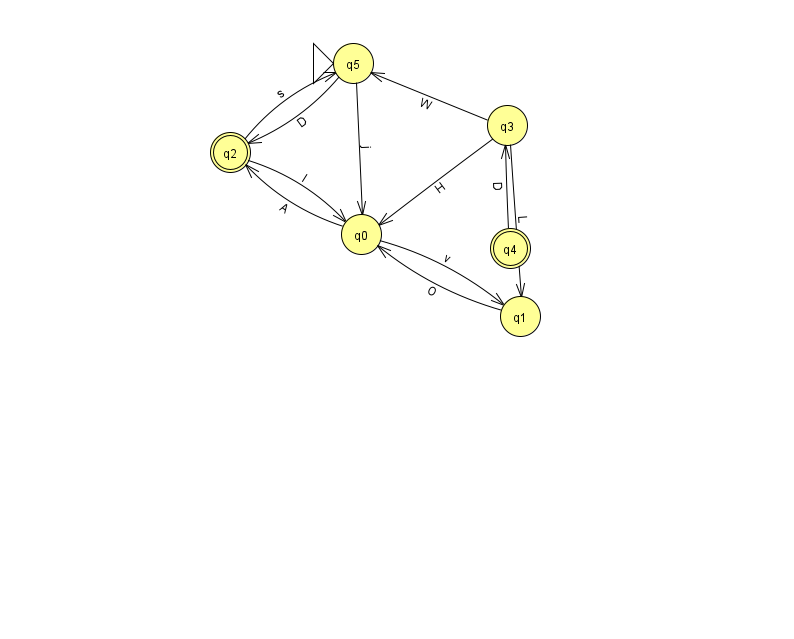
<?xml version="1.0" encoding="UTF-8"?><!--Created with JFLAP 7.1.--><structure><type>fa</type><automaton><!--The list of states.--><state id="0" name="q0"><x>361.0</x><y>221.0</y></state><state id="1" name="q1"><x>520.0</x><y>303.0</y></state><state id="2" name="q2"><x>230.0</x><y>139.0</y><final/></state><state id="3" name="q3"><x>507.0</x><y>112.0</y></state><state id="4" name="q4"><x>510.0</x><y>235.0</y><final/></state><state id="5" name="q5"><x>353.0</x><y>50.0</y><initial/></state><!--The list of transitions.--><transition><from>5</from><to>2</to><read>D</read></transition><transition><from>3</from><to>0</to><read>H</read></transition><transition><from>4</from><to>3</to><read>D</read></transition><transition><from>0</from><to>2</to><read>A</read></transition><transition><from>1</from><to>0</to><read>O</read></transition><transition><from>2</from><to>5</to><read>s</read></transition><transition><from>5</from><to>0</to><read>j</read></transition><transition><from>3</from><to>1</to><read>L</read></transition><transition><from>3</from><to>5</to><read>W</read></transition><transition><from>0</from><to>1</to><read>v</read></transition><transition><from>2</from><to>0</to><read>I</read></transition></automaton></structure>